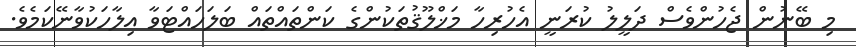
މި ބޭނުން ޖެހުންވެސް ދަލީލު ކުރަނީ އެހުރިހާ މަޚްލޫޤުތަކުންގެ ކަންތައްތައް ބަލަހައްޓަވާ އިލާހަކުވާނޭކަމެވެ.